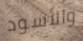
والأسود